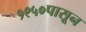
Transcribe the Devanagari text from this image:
१९५०पासून